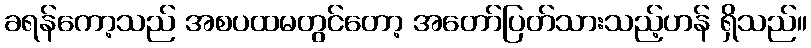
ခရန်ကော့သည် အစပထမတွင်တော့ အတော်ပြတ်သားသည့်ဟန် ရှိသည်။